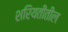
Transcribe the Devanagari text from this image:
शरियतीतील